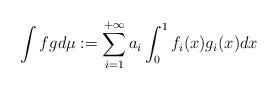
LaTeX: \begin{align*}\int fg d\mu :=\sum_{i=1}^{+\infty} a_i \int_0^1 f_i (x) g_i(x) dx\end{align*}